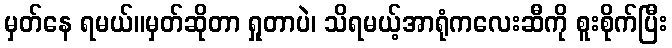
မှတ်နေ ရမယ်။မှတ်ဆိုတာ ရှုတာပဲ၊ သိရမယ့်အာရုံကလေးဆီကို စူးစိုက်ပြီး